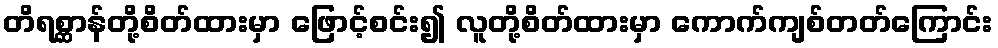
တိရစ္ဆာန်တို့စိတ်ထားမှာ ဖြောင့်စင်း၍ လူတို့စိတ်ထားမှာ ကောက်ကျစ်တတ်ကြောင်း